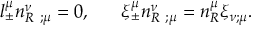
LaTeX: l _ { \pm } ^ { \mu } n _ { R } ^ { \nu } \; _ { ; \mu } = 0 , \; \; \; \; \; \; \xi _ { \pm } ^ { \mu } n _ { R } ^ { \nu } \; _ { ; \mu } = n _ { R } ^ { \mu } \xi _ { \nu ; \mu } .